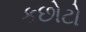
કછોટો